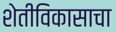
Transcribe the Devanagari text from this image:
शेतीविकासाचा